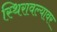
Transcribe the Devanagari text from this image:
स्थिरावल्यावर